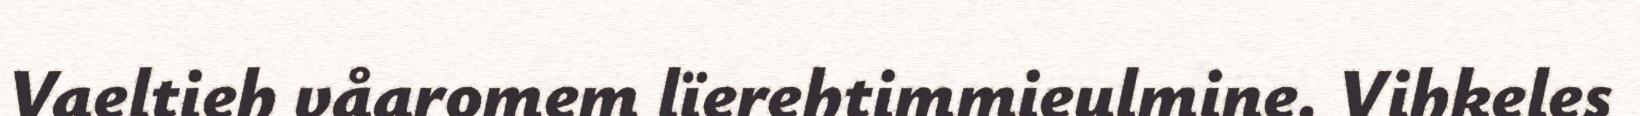
Vaeltieh våaromem lïerehtimmieulmine. Vihkeles